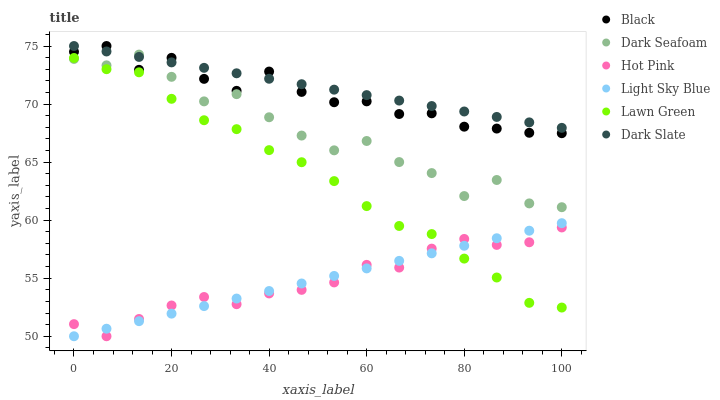
| xaxis_label | Black | Dark Seafoam | Hot Pink | Light Sky Blue | Lawn Green | Dark Slate |
 | --- | --- | --- | --- | --- | --- | --- |
 | 0 | 74.5 | 73.9 | 51 | 50 | 74 | 75 |
 | 6.67 | 75 | 73.3 | 50 | 50.6 | 73 | 74.5 |
 | 13.3 | 72.9 | 74.3 | 51.5 | 51.3 | 72.7 | 74.1 |
 | 20 | 74 | 72.3 | 52.7 | 51.9 | 70.5 | 73.6 |
 | 26.7 | 72.2 | 70.2 | 53.4 | 52.6 | 68.6 | 73.1 |
 | 33.3 | 71.1 | 70.9 | 52.8 | 53.2 | 67.8 | 72.7 |
 | 40 | 72.8 | 68.9 | 53.7 | 53.9 | 66 | 72.2 |
 | 46.7 | 71 | 67.3 | 54 | 54.5 | 65 | 71.7 |
 | 53.3 | 70.2 | 66 | 54.6 | 55.2 | 63.4 | 71.2 |
 | 60 | 70.2 | 66.8 | 56.1 | 55.8 | 61.2 | 70.8 |
 | 66.7 | 69.1 | 65 | 55.9 | 56.5 | 59.5 | 70.3 |
 | 73.3 | 69.2 | 64.1 | 57.5 | 57.1 | 58.8 | 69.8 |
 | 80 | 68.1 | 62.1 | 58.4 | 57.8 | 56.7 | 69.4 |
 | 86.7 | 67.9 | 63.5 | 57.9 | 58.4 | 55.1 | 68.9 |
 | 93.3 | 67.5 | 61.4 | 58.1 | 59.1 | 52.9 | 68.4 |
 | 100 | 67.5 | 61.1 | 59.4 | 59.7 | 52.5 | 68 |